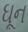
ઘૂન